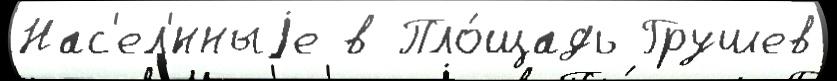
Нас'ел'́нныjе в Пло́щадь Грушев